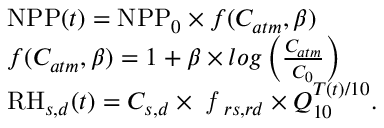
\begin{array} { r l } & { \ensuremath { \mathrm { N P P } } ( t ) = \ensuremath { \mathrm { N P P } } _ { 0 } \times f ( C _ { a t m } , \beta ) } \\ & { f ( C _ { a t m } , \beta ) = 1 + \beta \times l o g \left( { \frac { C _ { a t m } } { C _ { 0 } } } \right) } \\ & { \ensuremath { \mathrm { R H } } _ { s , d } ( t ) = C _ { s , d } \times \emph { f } _ { r s , r d } \times Q _ { 1 0 } ^ { T ( t ) / 1 0 } . } \end{array}